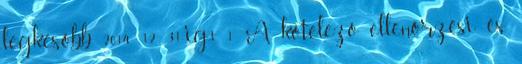
legkésõbb 2014. 12. 31-ig3 1 A kötelezõ ellenõrzési és